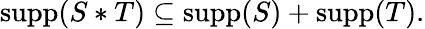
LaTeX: \operatorname{supp}(S\ast T)\subseteq\operatorname{supp}(S)+\operatorname{supp}(T).